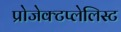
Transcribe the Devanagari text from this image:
प्रोजेक्टप्लेलिस्ट